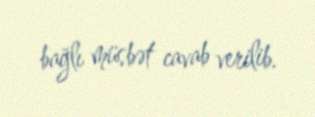
bağlı müsbət cavab verilib.